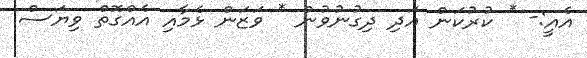
އެއީ:- * ކުރުކަން އަދި ދިގުނުވުން * ވަޒަން ޅެމާއި އެއްގޮތް ވިޔަސް